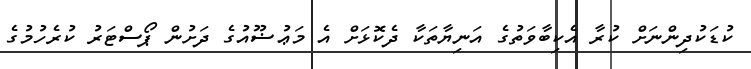
ކުޑަކުދިންނަށް ކުރާ އެކިބާވަތުގެ އަނިޔާތަކާ ދެކޮޅަށް އެ މަޢުޟޫއުގެ ދަށުން ޕޯސްޓަރު ކުރެހުމުގެ